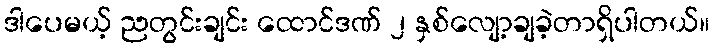
ဒါပေမယ့် ညတွင်းချင်း ထောင်ဒဏ် ၂ နှစ်လျော့ချခဲ့တာရှိပါတယ်။